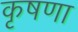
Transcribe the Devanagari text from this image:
कृषणा